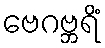
ဗေဂဗ္ဘရိံ